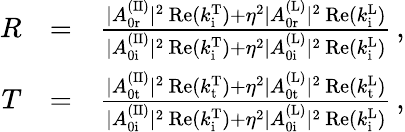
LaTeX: \begin{array}{rlr}{R}&{=}&{\frac{|A_{\mathrm{0r}}^{\mathrm{(II)}}|^{2}\, \mathrm{Re}(k_{\mathrm{i}}^{\mathrm{T}})+\eta^{2}|A_{\mathrm{0r}}^{\mathrm{(L)}}|^{2}\, \mathrm{Re}(k_{\mathrm{i}}^{\mathrm{L}})}{|A_{\mathrm{0i}}^{\mathrm{(II)}}|^{2}\, \mathrm{Re}(k_{\mathrm{i}}^{\mathrm{T}})+\eta^{2}|A_{\mathrm{0i}}^{\mathrm{(L)}}|^{2}\, \mathrm{Re}(k_{\mathrm{i}}^{\mathrm{L}})}\, ,}\\ {T}&{=}&{\frac{|A_{\mathrm{0t}}^{\mathrm{(II)}}|^{2}\, \mathrm{Re}(k_{\mathrm{t}}^{\mathrm{T}})+\eta^{2}|A_{\mathrm{0t}}^{\mathrm{(L)}}|^{2}\, \mathrm{Re}(k_{\mathrm{t}}^{\mathrm{L}})}{|A_{\mathrm{0i}}^{\mathrm{(II)}}|^{2}\, \mathrm{Re}(k_{\mathrm{i}}^{\mathrm{T}})+\eta^{2}|A_{\mathrm{0i}}^{\mathrm{(L)}}|^{2}\, \mathrm{Re}(k_{\mathrm{i}}^{\mathrm{L}})}\, ,}\end{array}